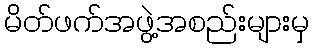
မိတ်ဖက်အဖွဲ့အစည်းများမှ